Vaccination in Burma 1900-1911 - 1900-1911
Year: 1900
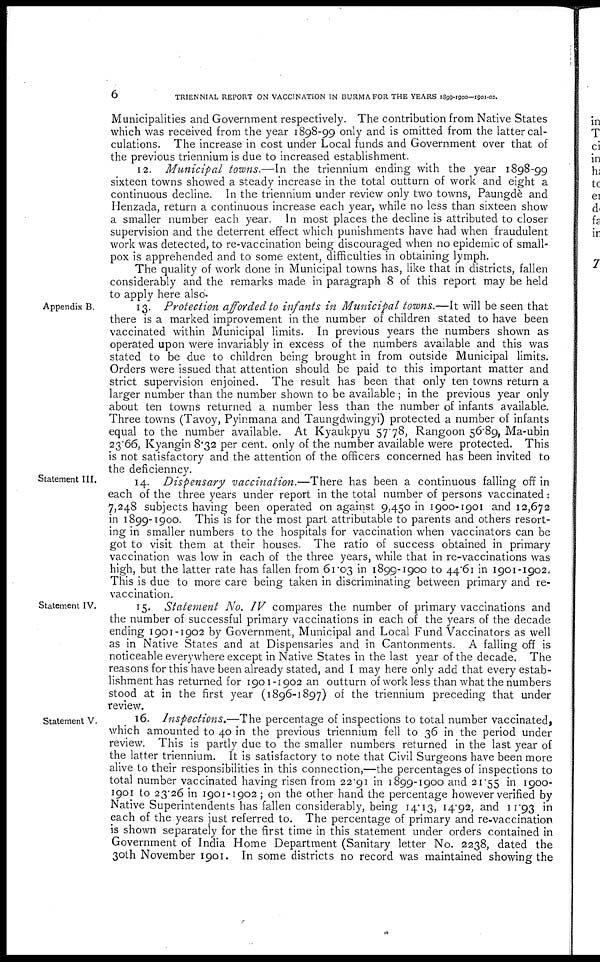
6
TRIENNIAL REPORT ON VACCINATION IN BURMA FOR THE YEARS 1899-1900-1901-02.
Municipalities and Government respectively. The contribution from Native States
which was received from the year 1898-99 only and is omitted from the latter cal-
culations. The increase in cost under Local funds and Government over that of
the previous triennium is due to increased establishment.
12. Municipal towns.—In the triennium ending with the year 1898-99
sixteen towns showed a steady increase in the total outturn of work and eight a
continuous decline. In the triennium under review only two towns, Paungdè and
Henzada, return a continuous increase each year, while no less than sixteen show
a smaller number each year. In most places the decline is attributed to closer
supervision and the deterrent effect which punishments have had when fraudulent
work was detected, to re-vaccination being discouraged when no epidemic of small-
pox is apprehended and to some extent, difficulties in obtaining lymph.
The quality of work done in Municipal towns has, like that in districts, fallen
considerably and the remarks made in paragraph 8 of this report may be held
to apply here also.
Appendix B.
13. Protection afforded to infants in Municipal towns.—It will be seen that
there is a marked improvement in the number of children stated to have been
vaccinated within Municipal limits. In previous years the numbers shown as
operated upon were invariably in excess of the numbers available and this was
stated to be due to children being brought in from outside Municipal limits.
Orders were issued that attention should be paid to this important matter and
strict supervision enjoined. The result has been that only ten towns return a
larger number than the number shown to be available ; in the previous year only
about ten towns returned a number less than the number of infants available.
Three towns (Tavoy, Pyinmana and Taungdwingyi) protected a number of infants
equal to the number available. At Kyaukpyu 57.78, Rangoon 56.89, Ma-ubin
23.66, Kyangin 8.32 per cent. only of the number available were protected. This
is not satisfactory and the attention of the officers concerned has been invited to
the deficienncy.
Statement III.
14. Dispensary vaccination.—There has been a continuous falling off in
each of the three years under report in the total number of persons vaccinated:
7,248 subjects having been operated on against 9,450 in 1900-1901 and 12,672
in 1899-1900. This is for the most part attributable to parents and others resort-
ing in smaller numbers to the hospitals for vaccination when vaccinators can be
got to visit them at their houses. The ratio of success obtained in primary
vaccination was low in each of the three years, while that in re-vaccinations was
high, but the latter rate has fallen from 61.03 in 1899-1900 to 44.61 in 1901-1902.
This is due to more care being taken in discriminating between primary and re-
vaccination.
Statement IV.
15. Statement No. IV compares the number of primary vaccinations and
the number of successful primary vaccinations in each of the years of the decade
ending 1901-1902 by Government, Municipal and Local Fund Vaccinators as well
as in Native States and at Dispensaries and in Cantonments. A falling off is
noticeable everywhere except in Native States in the last year of the decade. The
reasons for this have been already stated, and I may here only add that every estab-
lishment has returned for 1901 -1902 an outturn of work less than what the numbers
stood at in the first year (1896-1897) of the triennium preceding that under
review.
Statement V.
16. Inspections.—The percentage of inspections to total number vaccinated,
which amounted to 40 in the previous triennium fell to 36 in the period under
review. This is partly due to the smaller numbers returned in the last year of
the latter triennium. It is satisfactory to note that Civil Surgeons have been more
alive to their responsibilities in this connection,—the percentages of inspections to
total number vaccinated having risen from 22.91 in 1899-1900 and 21.55 in 1900-
1901 to 23.26 in 1901-1902; on the other hand the percentage however verified by
Native Superintendents has fallen considerably, being 14.13, 14.92, and 11.93 in
each of the years just referred to. The percentage of primary and re-vaccination
is shown separately for the first time in this statement under orders contained in
Government of India Home Department (Sanitary letter No. 2238, dated the
30th November 1901. In some districts no record was maintained showing the